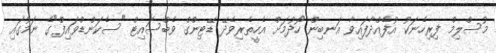
މުސްލިމް ފިރިހެނަކު އުފެއްދާފައިވާ އަނބިން ހޯދުމަށް އެހީތެރިވެދޭ ޑޭޓިންގް ވެބްސައިޓް "ސެކަންޑްވައިފް"ގެ ނަމުގައި